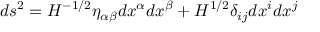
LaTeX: d s ^ { 2 } = H ^ { - 1 / 2 } \eta _ { \alpha \beta } d x ^ { \alpha } d x ^ { \beta } + H ^ { 1 / 2 } \delta _ { i j } d x ^ { i } d x ^ { j }